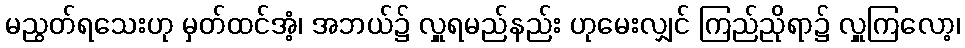
မညွတ်ရသေးဟု မှတ်ထင်အံ့၊ အဘယ်၌ လှူရမည်နည်း ဟုမေးလျှင် ကြည်ညိုရာ၌ လှူကြလော့၊